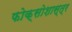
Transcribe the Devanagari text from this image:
फोक्सोशास्त्र